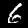
Label: 6